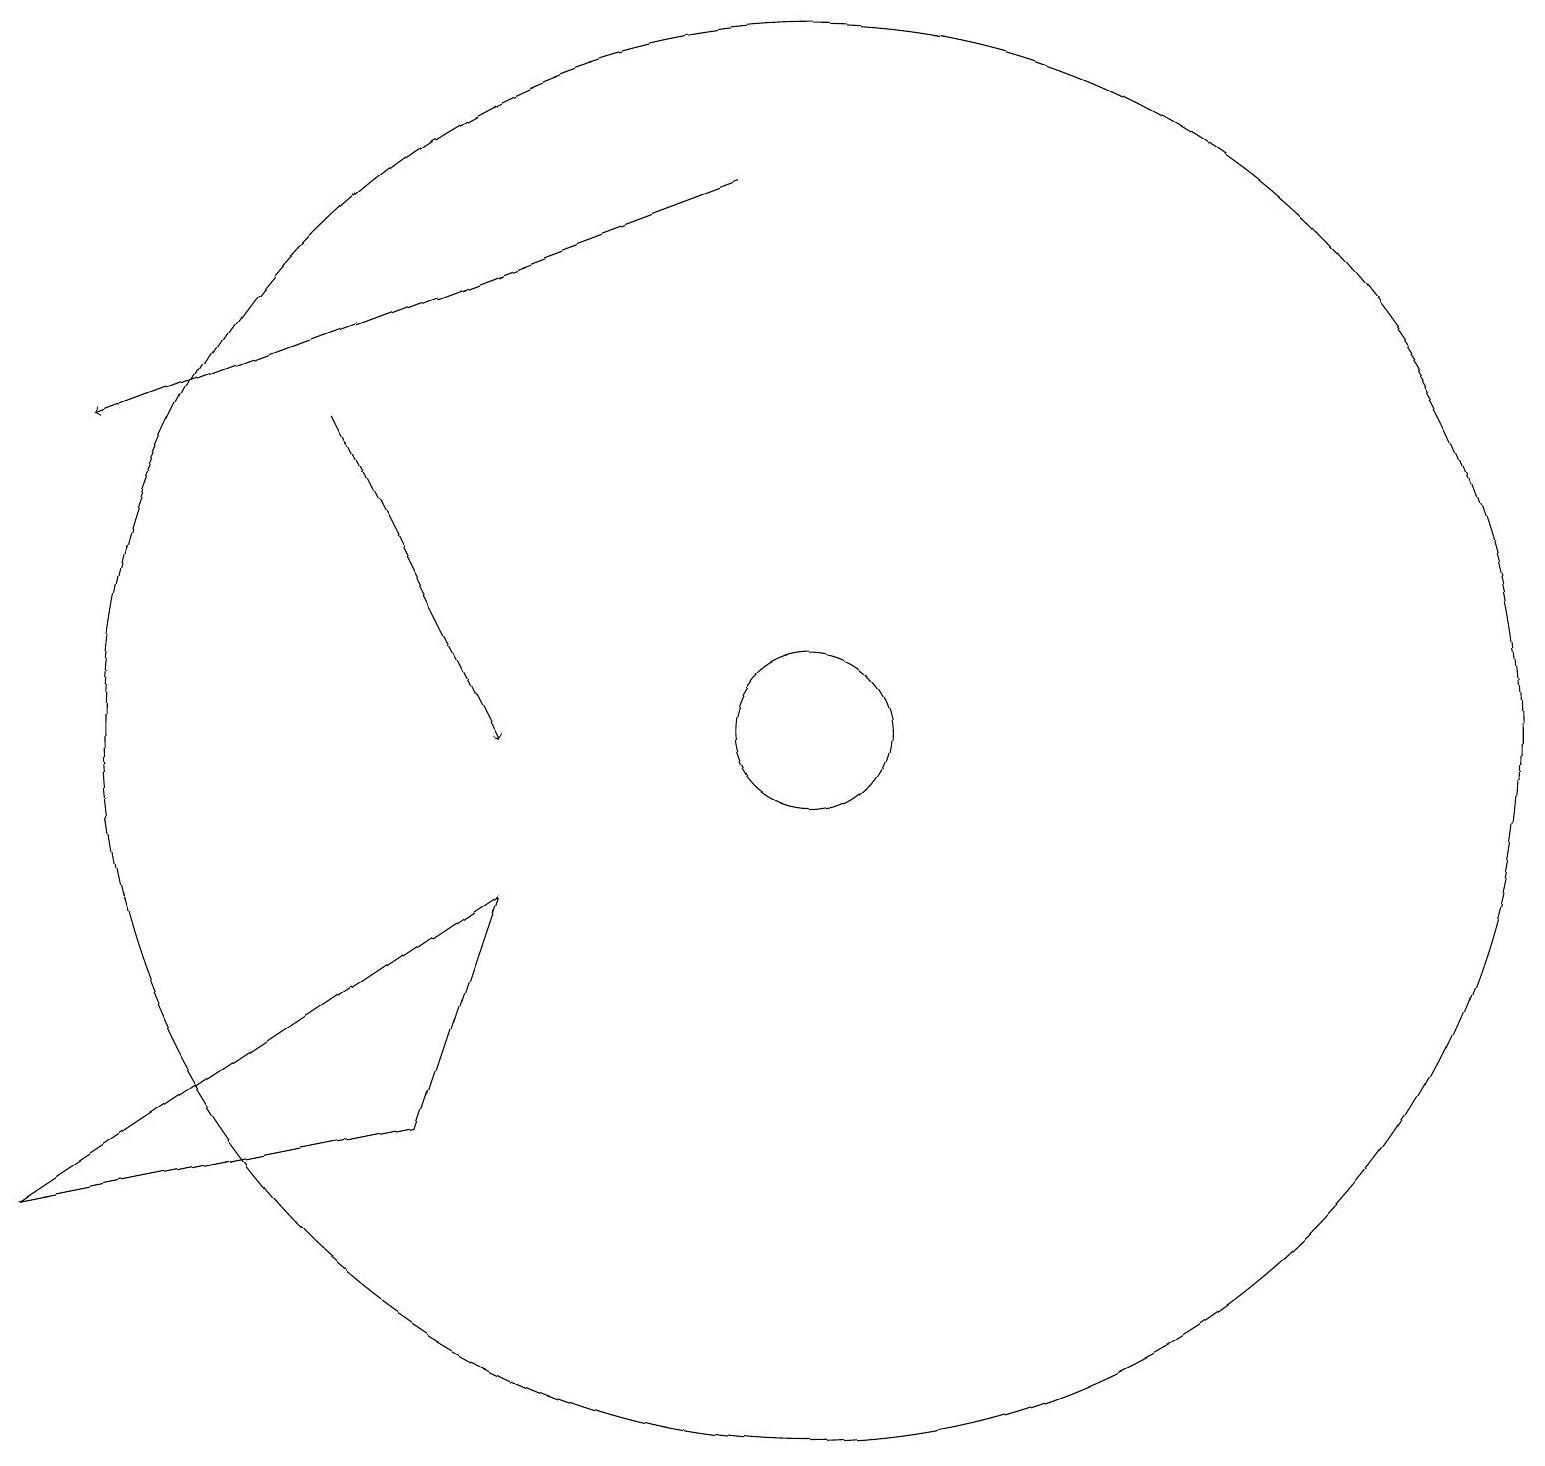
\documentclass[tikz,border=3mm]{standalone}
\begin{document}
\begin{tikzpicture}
\draw (10,11) circle (9);
\draw (6,9) -- (0,5) -- (5,6) -- cycle;
\draw (10,11) circle (1);
\draw[->] (9,18) -- (1,15);
\draw[->] (4,15) -- (6,11);
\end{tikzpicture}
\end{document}